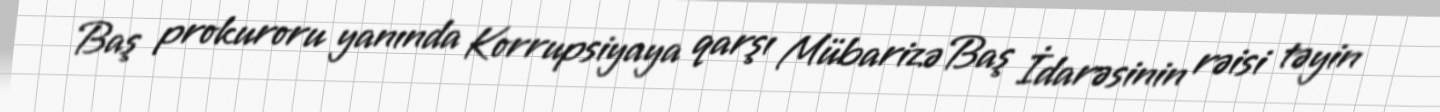
Baş prokuroru yanında Korrupsiyaya qarşı Mübarizə Baş İdarəsinin rəisi təyin